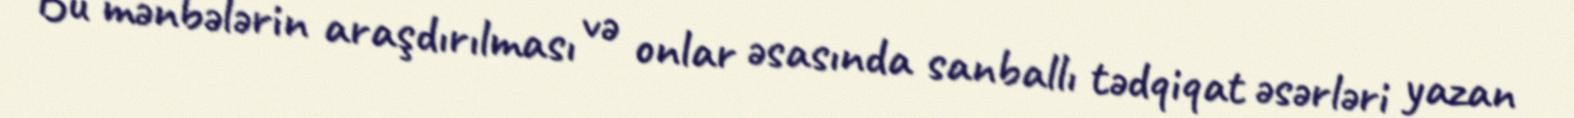
Bu mənbələrin araşdırılması və onlar əsasında sanballı tədqiqat əsərləri yazan